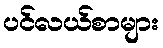
ပင်လယ်စာများ